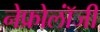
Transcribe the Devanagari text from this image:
नेफ्रोलॉंजी